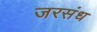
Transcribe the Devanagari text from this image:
जरसंध